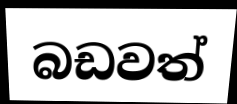
බඩවත්